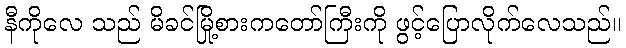
နီကိုလေ သည် မိခင်မြို့စားကတော်ကြီးကို ဖွင့်ပြောလိုက်လေသည်။